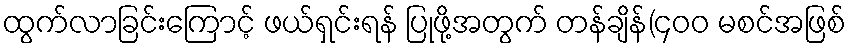
ထွက်လာခြင်းကြောင့် ဖယ်ရှင်းရန် ပြုဖို့အတွက် တန်ချိန်(၄၀၀ မစင်အဖြစ်